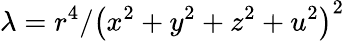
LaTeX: \lambda=r^{4}/\left(x^{2}+y^{2}+z^{2}+u^{2}\right)^{2}